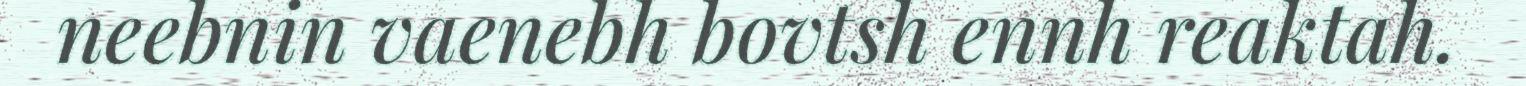
neebnin vaenebh bovtsh ennh reaktah.